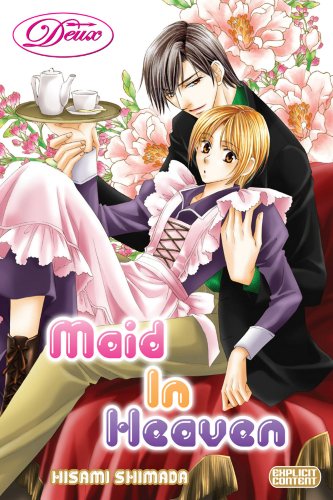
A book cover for Maid in Heaven (Yaoi) (Deux); Hisami Shimada; Comics & Graphic Novels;